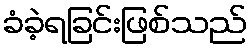
ခံခဲ့ရခြင်းဖြစ်သည်